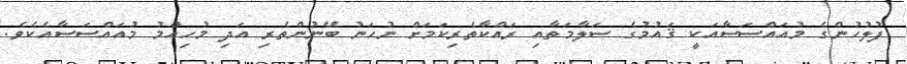
ފުލުހުންގެ މުއައްސަސާއަކީ ޤައުމުގެ ސަލާމަތާއި ރައްކާތެރިކަމަށް ނުހަނު ބޭނުންތެރި އަދި މުހިއްމު މުއައްސަސާއެކެވެ.